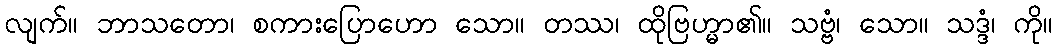
လျက်။ ဘာသတော၊ စကားပြောဟော သော။ တဿ၊ ထိုဗြဟ္မာ၏။ သဗ္ဗံ၊ သော။ သဒ္ဒံ၊ ကို။